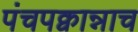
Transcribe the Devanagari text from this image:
पंचपक्वान्नाच